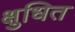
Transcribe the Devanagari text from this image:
क्षुधित